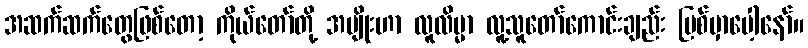
အဆက်ဆက်တွေဖြစ်တော့ ကိုယ်တော်တို့ အမျိုးဟာ လူလိမ္မာ လူ့သူတော်ကောင်းချည်း ပြစ်မှာပေါ့နော်။